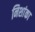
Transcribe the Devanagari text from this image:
निशांका